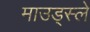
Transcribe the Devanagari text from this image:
माउड्स्ले